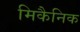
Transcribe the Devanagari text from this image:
मिकैनिक